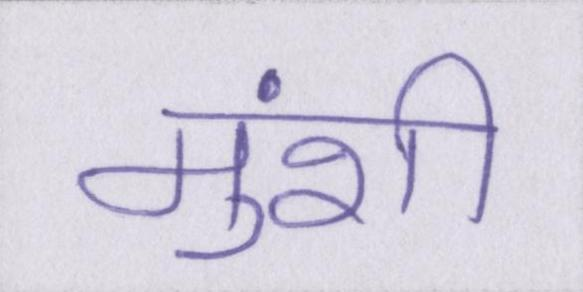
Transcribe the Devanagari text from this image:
मुंशी